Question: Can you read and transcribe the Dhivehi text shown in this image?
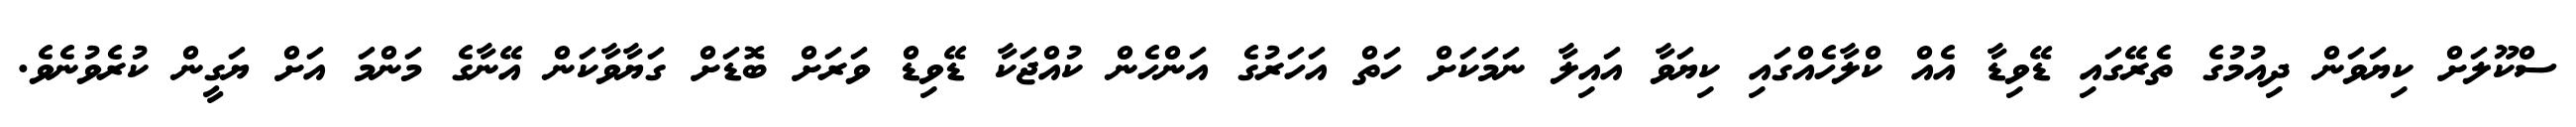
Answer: ސްކޫލަށް ކިޔަވަން ދިއުމުގެ ތެރޭގައި ޑޭވިޑާ އެއް ކްލާހެއްގައި ކިޔަވާ އައިލާ ނަމަކަށް ހަތް އަހަރުގެ އަންހެން ކުއްޖަކާ ޑޭވިޑް ވަރަށް ބޮޑަށް ގަޔާވާކަން އޭނާގެ މަންމަ އަށް ޔަގީން ކުރެވުނެވެ.